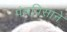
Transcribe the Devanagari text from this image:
पंचविसाने